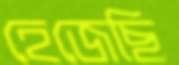
হেজেছি